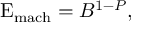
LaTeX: \mathrm { E } _ { \mathrm { m a c h } } = B ^ { 1 - P } ,